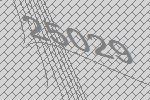
25029